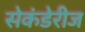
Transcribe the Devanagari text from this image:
सेकंडेरीज